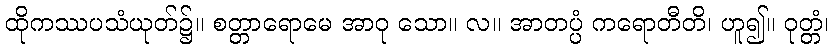
ထိုကဿပသံယုတ်၌။ စတ္တာရောမေ အာဝု သော။ လ။ အာတပ္ပံ ကရောတီတိ၊ ဟူ၍။ ဝုတ္တံ၊